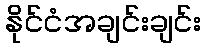
နိုင်ငံအချင်းချင်း